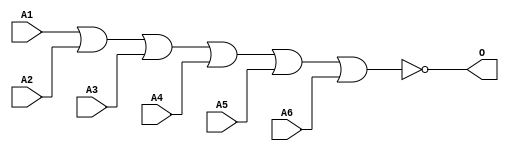
module JNOR6C(A1, A2, A3, A4, A5, A6, O);
input   A1;
input   A2;
input   A3;
input   A4;
input   A5;
input   A6;
output  O;
nor g0(O, A1, A2, A3, A4, A5, A6);
endmodule